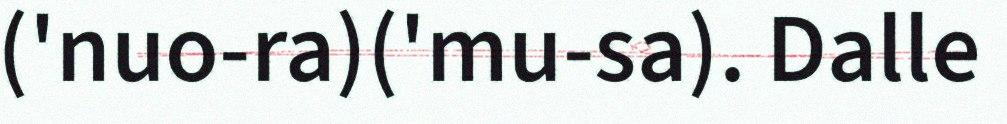
('nuo-ra)('mu-sa). Dalle